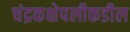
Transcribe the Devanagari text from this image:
चंद्रकक्षेपलीकडील